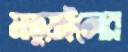
মাতুয়াইলের